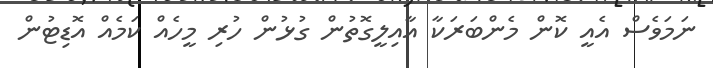
ނަމަވެސް އެއީ ކޮން މެންބަރަކާ އާއިލީގޮތުން ގުޅުން ހުރި މީހެއް ކަމެއް އޮޑިޓުން